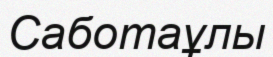
Саботаұлы